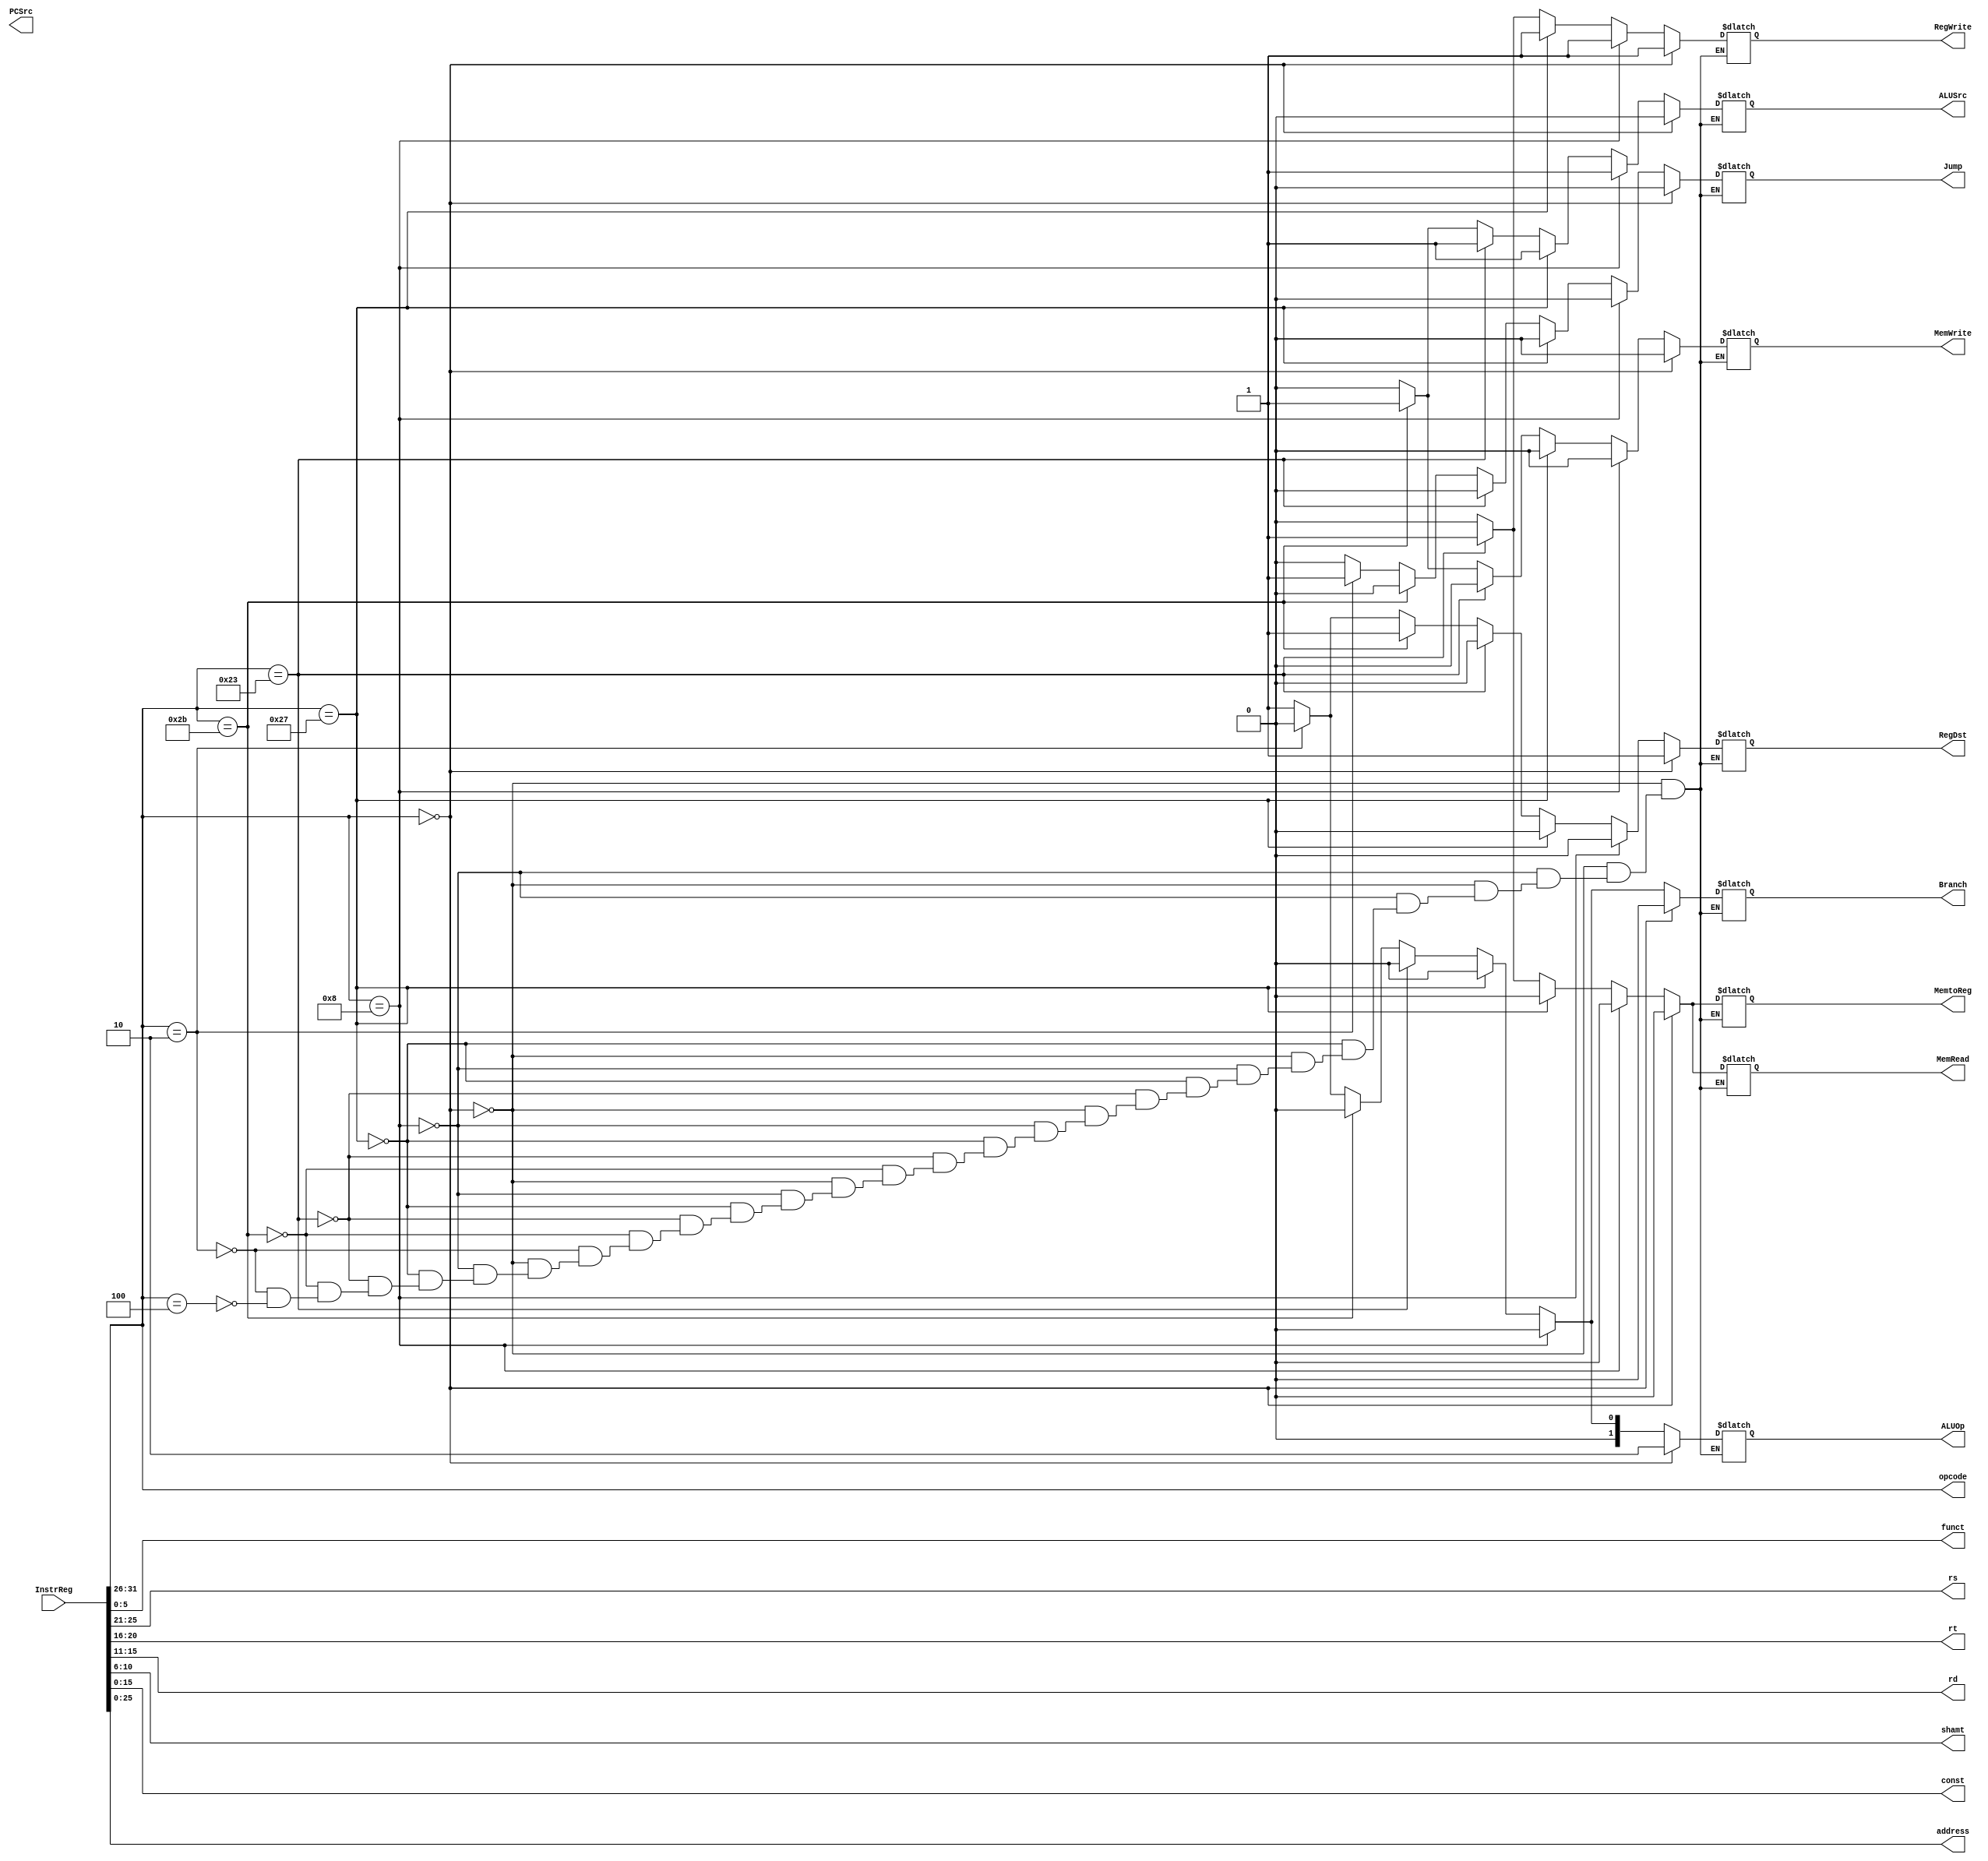
	
	module decoder (InstrReg,opcode,funct,rs,rt,rd,shamt,const,address,RegWrite,MemWrite,MemRead,RegDst,ALUSrc,PCSrc,Branch,Jump,MemtoReg,ALUOp);
	input [31:0]InstrReg;
	output reg [5:0]opcode,funct;
	output reg [4:0]rs,rt,rd,shamt;
	output reg [15:0]const;
	output reg [25:0]address;
	//Control Unit
	output reg RegWrite,MemWrite,MemRead,RegDst,ALUSrc,PCSrc,Branch,Jump,MemtoReg;
	output reg [1:0]ALUOp;
always @ (*)
begin
	opcode = InstrReg[31:26];
	rs = InstrReg[25:21];
	rt = InstrReg[20:16];
	rd = InstrReg[15:11];
	shamt = InstrReg[10:6];
	funct = InstrReg[5:0];
	const = InstrReg[15:0];
	address = InstrReg[25:0];

	//Control Unit
	//R Type
	begin
	if(opcode == 6'b 000000) 
	begin
		MemWrite = 0;
		MemRead = 0;
		RegWrite = 1;
		RegDst = 1;
		ALUSrc = 0;
		Branch = 0;
		Jump = 0;
		MemtoReg = 0;
		ALUOp = 2'b 10;
	end


	//I Type
	// 		addi				
	else if(opcode == 6'b 001000)
	begin
		MemWrite = 0;
		MemRead = 0;
		RegWrite = 1;
		RegDst = 0;
		ALUSrc = 1;
		Branch = 0;
		Jump = 0;
		MemtoReg = 0;
		ALUOp = 2'b 00;
	end
	//		li(pseudo)
	else if(opcode == 6'b 100111)
	begin 
		MemWrite = 0;
		MemRead = 0;
		RegWrite = 1;
		RegDst = 0;
		ALUSrc = 1;
		Branch = 0;
		Jump = 0;
		MemtoReg = 0;
		ALUOp = 2'b 00;
	end
	//		lw
	else if(opcode == 6'b 100011)
	begin 
		MemWrite = 0;
		MemRead = 1;
		RegWrite = 1;
		RegDst = 0;
		ALUSrc = 1;
		Branch = 0;
		Jump = 0;
		MemtoReg = 1;
		ALUOp = 2'b 00;
	end
	//			sw
	else if(opcode == 6'b 101011)
	begin 
		MemWrite = 1;
		MemRead = 0;
		RegWrite = 0;
		RegDst = 1;
		ALUSrc = 1;
		Branch = 0;
		Jump = 0;
		MemtoReg = 0;
		ALUOp = 2'b 00;
	end

	//			jump
	else if(opcode == 6'b 000010)
	begin 
		MemWrite = 0; //X
		MemRead = 0; //X
		RegWrite = 0; //X
		RegDst = 0; //X
		ALUSrc = 0; //X
		Branch = 0; //X
		Jump = 1;
		MemtoReg = 0; //X
		ALUOp = 2'b 00; //X
	end
	//		beq
	else if(opcode == 6'b 000100)
	begin 
		MemWrite = 0; //X
		MemRead = 0; //X
		RegWrite = 0; //X
		RegDst = 1;
		ALUSrc = 0;
		Branch = 1;
		Jump = 0;
		MemtoReg = 0; //X
		ALUOp = 2'b 01;
	end

	else
	begin
	 $display ("Error: Incorrent Operand");
	end
	end
end
	endmodule